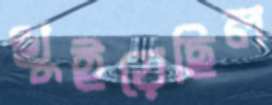
খুইয়েছিল